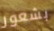
بشعور